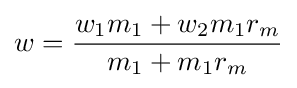
w={\frac {w_{1}m_{1}+w_{2}m_{1}r_{m}}{m_{1}+m_{1}r_{m}}}